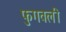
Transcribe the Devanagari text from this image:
फुगवली